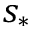
s _ { * }